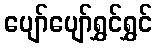
ပျော်ပျော်ရွှင်ရွှင်